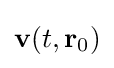
\mathbf {v} (t,\mathbf {r} _{0})